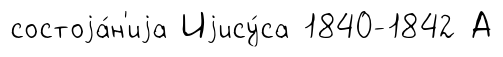
состоjа́н'иjа Иjису́са 1840-1842 А